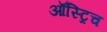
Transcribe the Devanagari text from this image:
ऑस्ट्रिच